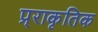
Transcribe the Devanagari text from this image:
प्र्राकृतिक